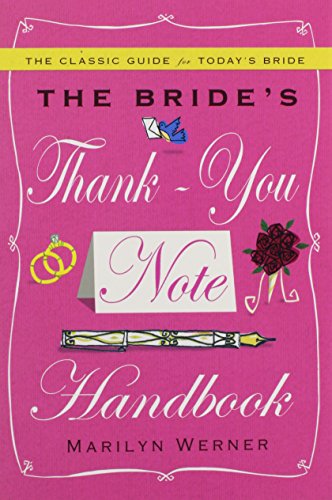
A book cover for The Bride's Thank-You Note Handbook; Marilyn Werner; Reference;